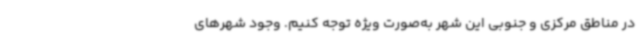
در مناطق مرکزی و جنوبی این شهر به‌صورت ویژه توجه کنیم. وجود شهرهای